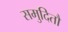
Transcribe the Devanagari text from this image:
समुदितौ